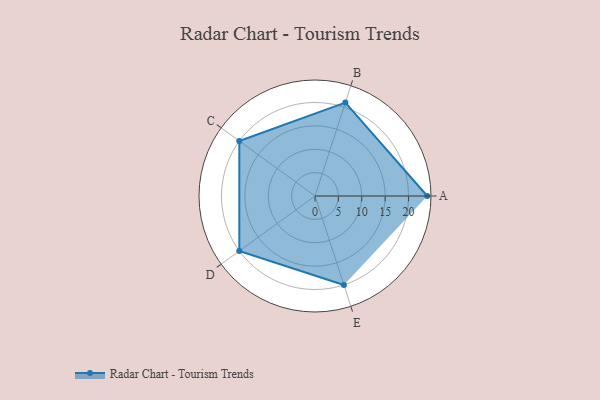
{"axis": {"x": "Skill", "y": "Score"}, "legend": ["Profile"], "data": [{"x": "A", "y": 24.0, "type": "Profile"}, {"x": "B", "y": 21.0, "type": "Profile"}, {"x": "C", "y": 20, "type": "Profile"}, {"x": "D", "y": 20, "type": "Profile"}, {"x": "E", "y": 20, "type": "Profile"}]}